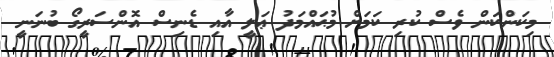
މިކަންކަން ވެސް ކުރި ކަމަށް މުޙައްމަދު ޢަލީ އާއި ޑެނިސް އޮންސަރީގޯ ބުނަނީ